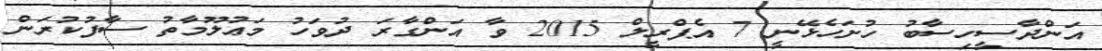
އަންދާސީހިސާބު ހުށަހެޅޭނީ 7 އެޕްރީލް 2015 ވާ އަންގާރަ ދުވަހު މަޢުލޫމާތު ސާފުކުރަން